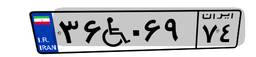
۳۶W۰۶۹۷۴